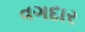
વગદાર